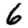
Digit: 6